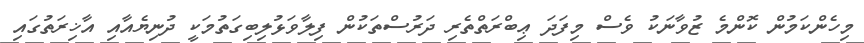
މިހެންކަަމުން ކޮންމެ ޒުވާނަކު ވެސް މިފަދަ ޢިބްރަތްތެރި ދަރުސްތަކުން ފިލާވަޅުލިބިގަތުމަކީ ދުނިޔެއާއި އާޚިރަތުގައި